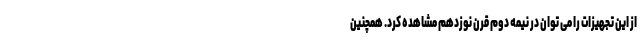
از این تجهیزات را می توان در نیمه دوم قرن نوزدهم مشاهده کرد. همچنین